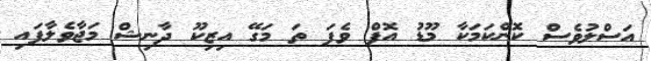
އަސްލުވެސް ކޮންކަމަކާ މޫޑު އޮފް ވެފަ ތަ މަގޭ އިޒިކޫ ދާނިޝް މަޖާވެލާފައި